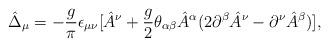
LaTeX: \begin{align*}\hat \Delta _\mu =-{g\over \pi}\epsilon _{\mu\nu}[\hat A^\nu +{g\over 2}\theta _{\alpha \beta }\hat A^\alpha (2\partial ^\beta \hat A^\nu -\partial^\nu \hat A^\beta )], \end{align*}